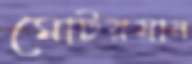
মোটরযান